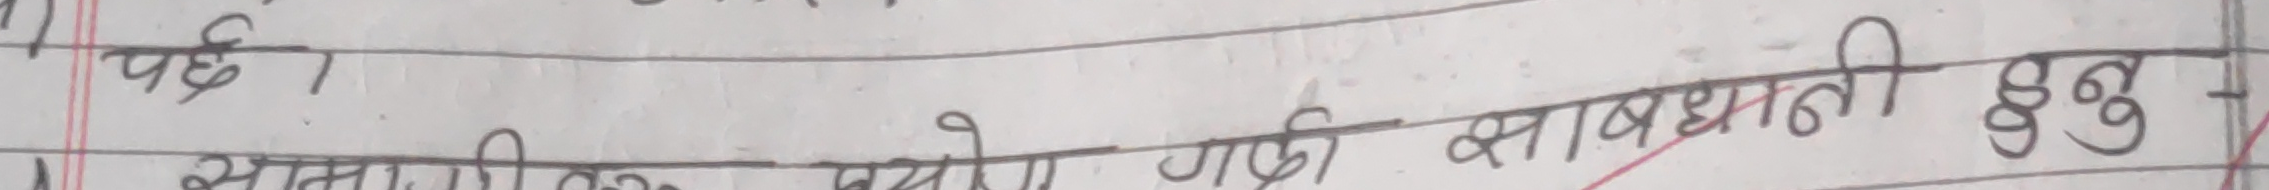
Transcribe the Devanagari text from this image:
ससावधानी हुनु